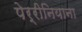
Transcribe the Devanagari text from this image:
पेर्रीनियाना